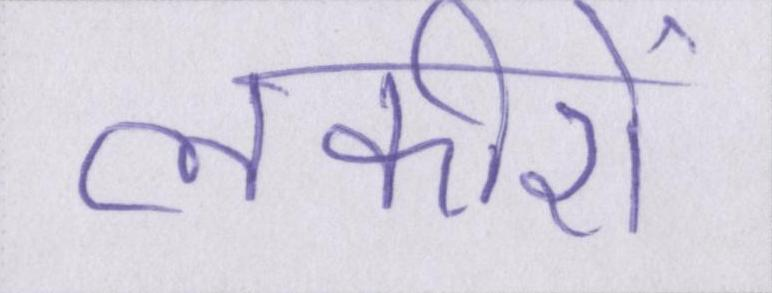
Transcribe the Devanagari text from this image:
लकीरों